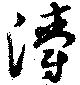
灂